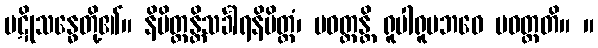
ပဋိုသန္ဓေတို့၏။ နိမိတ္တန္တိသင်္ခါရနိမိတ္တံ၊ ပဝတ္တန္တိ ရူပါရူပဘဝေ ပဝတ္တတိ။ ။